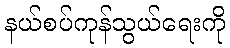
နယ်စပ်ကုန်သွယ်ရေးကို